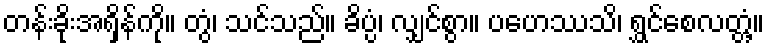
တန်းခိုးအရှိန်ကို။ တွံ၊ သင်သည်။ ခိပ္ပံ၊ လျှင်စွာ။ ပဟေဿသိ၊ ရွှင်စေလတ္တံ့။